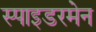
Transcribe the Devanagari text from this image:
स्पाइडरमेन